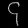
Digit: ၄